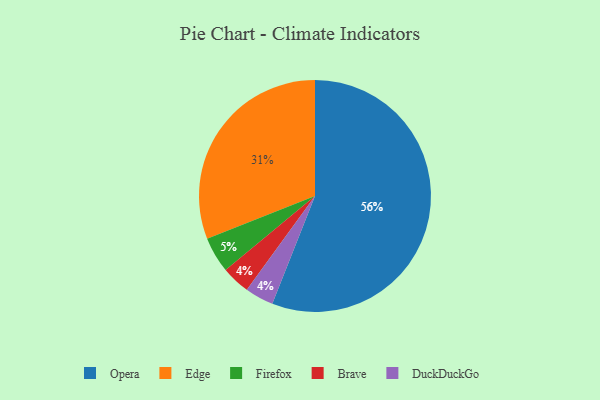
{"axis": {"x": "Category", "y": "Percentage"}, "legend": ["Brave", "DuckDuckGo", "Edge", "Firefox", "Opera"], "data": [{"x": "Brave", "y": 4, "type": "Brave"}, {"x": "DuckDuckGo", "y": 4, "type": "DuckDuckGo"}, {"x": "Edge", "y": 31, "type": "Edge"}, {"x": "Firefox", "y": 5, "type": "Firefox"}, {"x": "Opera", "y": 56, "type": "Opera"}]}